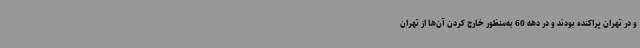
و در تهران پراکنده بودند و در دهه 60 به‌منظور خارج کردن آن‌ها از تهران